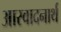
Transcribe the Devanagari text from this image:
आस्वादनार्थ